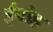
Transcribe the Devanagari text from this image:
ईपोह